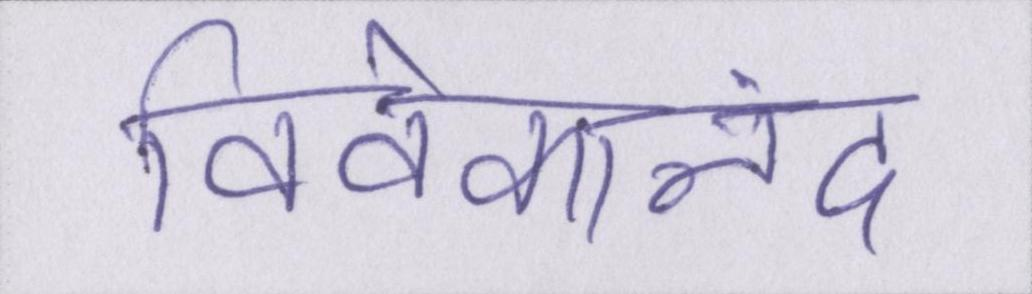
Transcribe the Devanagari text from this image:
विवेकानंद